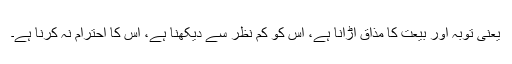
یعنی توبہ اور بیعت کا مذاق اڑانا ہے، اس کو کم نظر سے دیکھنا ہے، اُس کا احترام نہ کرنا ہے۔